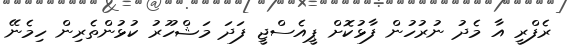
ރެފްރީ އާ މެދު ނުރުހުން ފާޅުކޮށް ޕީއެސްޖީ ފަދަ މަޝްހޫރު ކުޅުންތެރިން ހިމެނޭ